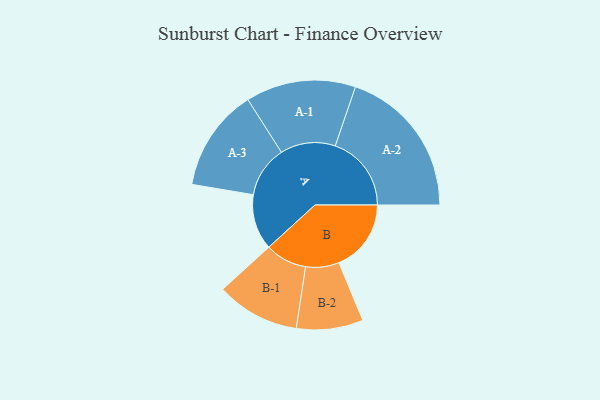
{"axis": {"x": "Segment", "y": "Value"}, "legend": ["", "A", "B"], "data": [{"x": "A", "y": 213, "type": ""}, {"x": "B", "y": 277, "type": ""}, {"x": "A-1", "y": 211, "type": "A"}, {"x": "A-2", "y": 292, "type": "A"}, {"x": "A-3", "y": 197, "type": "A"}, {"x": "B-1", "y": 160, "type": "B"}, {"x": "B-2", "y": 128, "type": "B"}]}